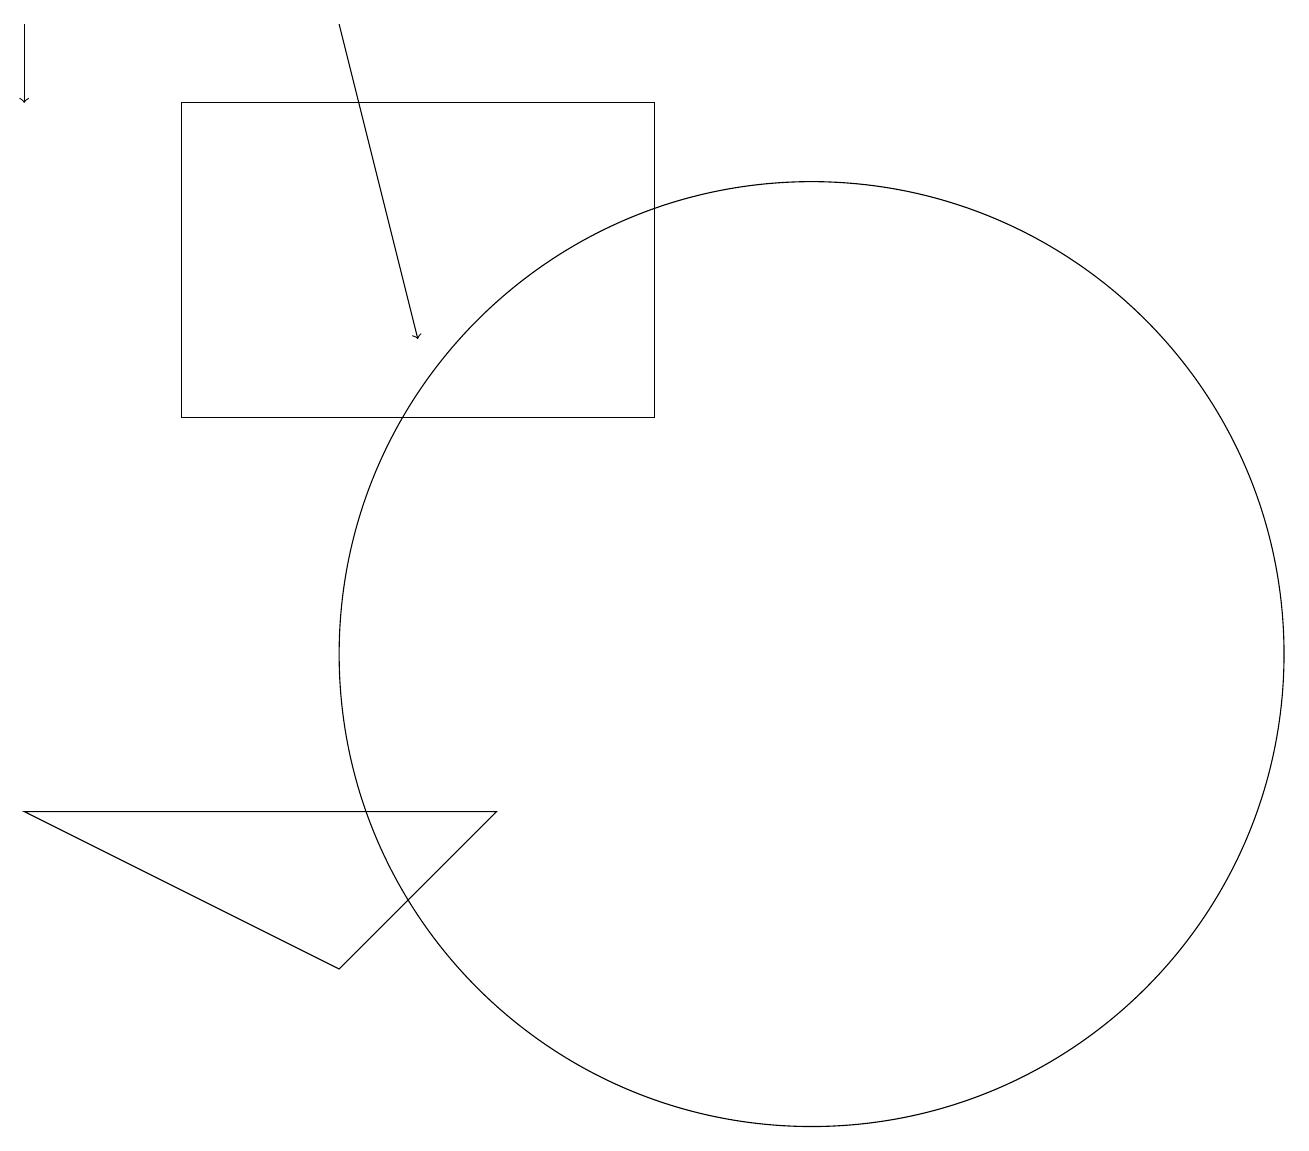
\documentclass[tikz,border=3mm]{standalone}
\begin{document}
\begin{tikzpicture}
\draw (0,8) -- (4,6) -- (6,8) -- cycle;
\draw[->] (4,18) -- (5,14);
\draw (2,13) rectangle (8,17);
\draw (10,10) circle (6);
\draw[->] (0,18) -- (0,17);
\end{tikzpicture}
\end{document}